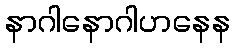
နာဂါနောဂါဟနေန